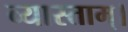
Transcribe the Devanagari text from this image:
व्यास्ताम्।